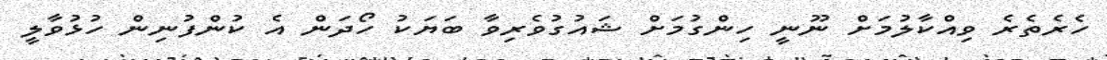
ހެރެތެރެ ވިއްކާލުމަށް ނޫނީ ހިންގުމަށް ޝައުގުވެރިވާ ބަޔަކު ހޯދަން އެ ކުންފުނިން ހުޅުވާލީ